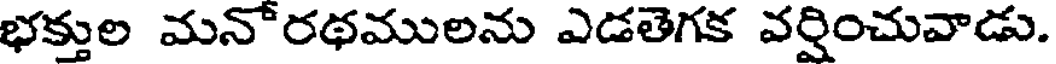
భక్తుల మనోరథములను ఎడతెగక వర్షించువాడు.